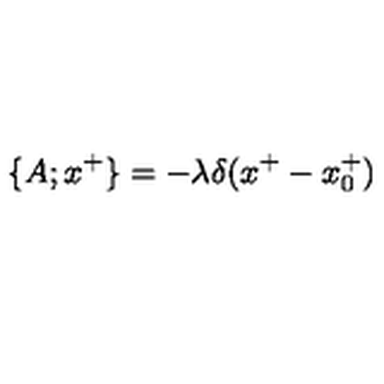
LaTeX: \{ A ; x ^ { + } \} = - \lambda \delta ( x ^ { + } - x _ { 0 } ^ { + } )